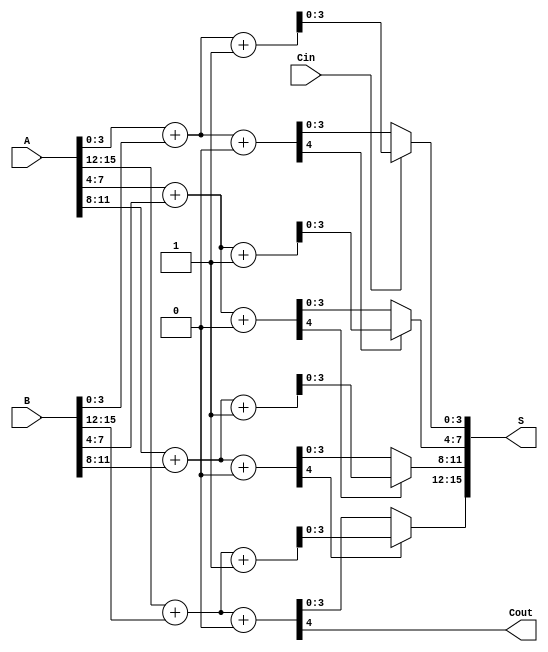
module CCSA #(parameter N = 16, parameter M = 4) (
    input [N-1:0] A,      // First n-bit input
    input [N-1:0] B,      // Second n-bit input
    input Cin,            // Carry input
    output [N-1:0] S,     // n-bit sum output
    output Cout           // Carry output
);

    localparam GROUPS = N / M; // Number of groups

    // Intermediate sums and carries
    wire [M-1:0] sum0 [0:GROUPS-1]; // Sums when carry is 0
    wire [M-1:0] sum1 [0:GROUPS-1]; // Sums when carry is 1
    wire carry_out [0:GROUPS-1];     // Carry outputs for each group
    wire carry_select [0:GROUPS-1];  // Selected carry for each group

    // Generate sums for each group
    genvar i;
    generate
        for (i = 0; i < GROUPS; i = i + 1) begin : group
            // Calculate the start and end indices for the current group
            wire [M-1:0] A_group = A[M*i +: M];
            wire [M-1:0] B_group = B[M*i +: M];

            // Compute sums for carry 0 and carry 1
            assign {carry_out[i], sum0[i]} = A_group + B_group + 1'b0; // Carry when Cin = 0
            assign {carry_out[i], sum1[i]} = A_group + B_group + 1'b1; // Carry when Cin = 1
        end
    endgenerate

    // Carry selection logic
    wire [GROUPS-1:0] carry_in;
    assign carry_in[0] = Cin; // Initial carry input

    generate
        for (i = 0; i < GROUPS; i = i + 1) begin : carry_select_logic
            if (i == 0) begin
                // For the first group, select based on initial carry input
                assign carry_select[i] = carry_in[i];
            end else begin
                // For subsequent groups, select based on the carry output of the previous group
                assign carry_in[i] = carry_out[i-1];
                assign carry_select[i] = carry_in[i];
            end
        end
    endgenerate

    // Final sum and carry output
    generate
        for (i = 0; i < GROUPS; i = i + 1) begin : final_sum
            assign S[M*i +: M] = carry_select[i] ? sum1[i] : sum0[i];
        end
    endgenerate

    // Final carry output
    assign Cout = carry_out[GROUPS-1];

endmodule